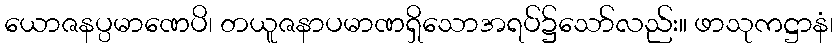
ယောဇနပ္ပမာဏေပိ၊ တယူဇနာပမာဏရှိသောအရပ်၌သော်လည်း။ ဖာသုကဋ္ဌာနံ၊